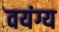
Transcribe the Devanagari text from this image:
वयंग्य